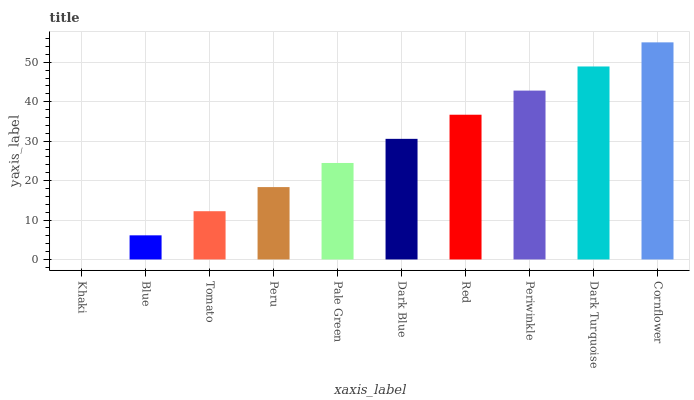
| xaxis_label | bars |
 | --- | --- |
 | Khaki | 0 |
 | Blue | 6.12 |
 | Tomato | 12.2 |
 | Peru | 18.3 |
 | Pale Green | 24.5 |
 | Dark Blue | 30.6 |
 | Red | 36.7 |
 | Periwinkle | 42.8 |
 | Dark Turquoise | 48.9 |
 | Cornflower | 55 |